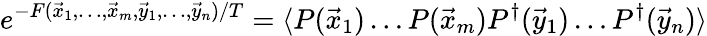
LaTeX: e^{-F(\vec{x}_{1},\ldots,\vec{x}_{m},\vec{y}_{1},\ldots,\vec{y}_{n})/T}=\langle P(\vec{x}_{1})\ldots P(\vec{x}_{m})P^{\dagger}(\vec{y}_{1})\ldots P^{\dagger}(\vec{y}_{n})\rangle